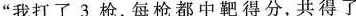
”我打了3枪，每枪都中靶得分，共得了